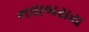
નવાબરાય